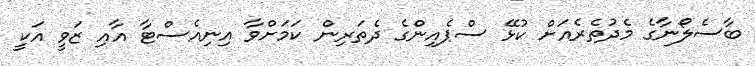
ބާސެލޯނާގެ މެދުތެރެއަށް ކުޅޭ ސްޕެއިންގެ ދެތަރިން ކަމަށްވާ އިނިއެސްޓާ އާއި ޒަވީ އަކީ